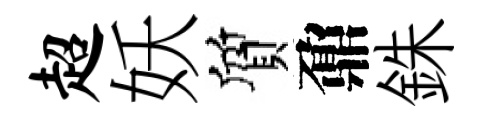
超妖質鼐銖